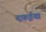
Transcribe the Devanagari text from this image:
दफ़ईया